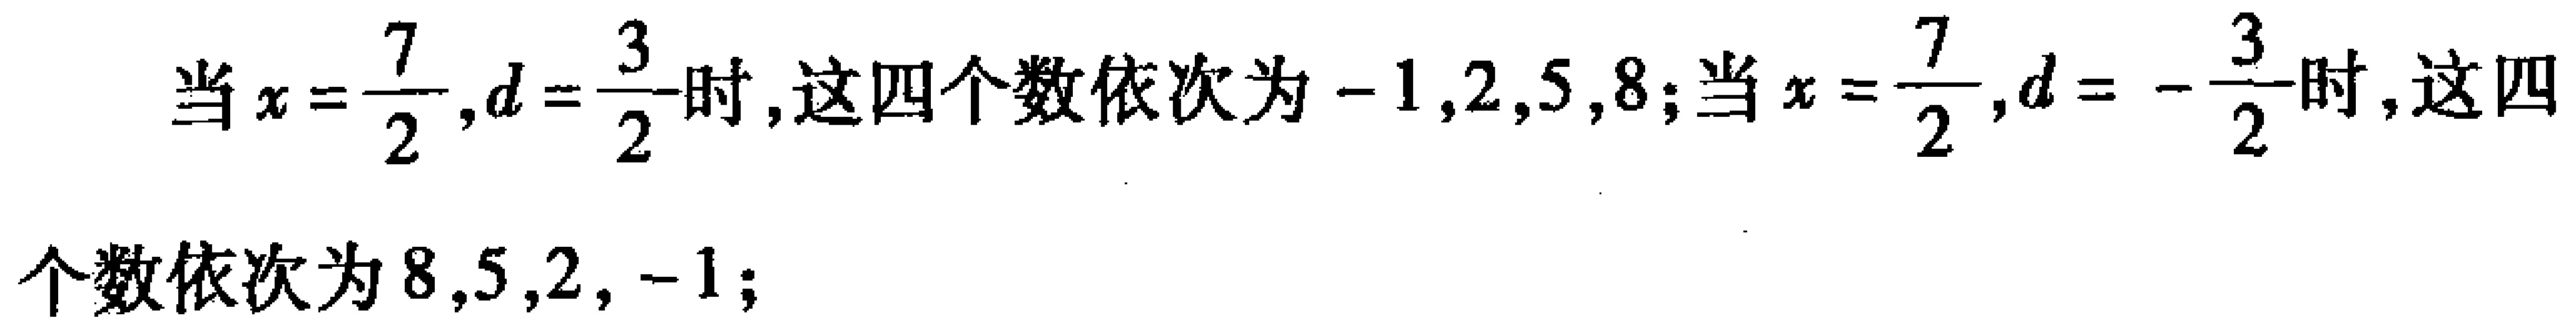
当\(x = \frac{7}{2},d = \frac{3}{2}\)时,这四个数依次为\(-1,2,5,8\);当\(x = \frac{7}{2},d = -\frac{3}{2}\)时,这四个数依次为\(8,5,2,-1\);